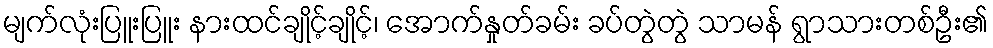
မျက်လုံးပြူးပြူး နားထင်ချိုင့်ချိုင့်၊ အောက်နှုတ်ခမ်း ခပ်တွဲတွဲ သာမန် ရွာသားတစ်ဦး၏